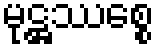
မုဋ္ဌဿစ္စေ